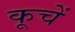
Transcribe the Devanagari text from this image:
कूचें